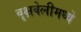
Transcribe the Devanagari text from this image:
वृक्षवेलीमध्ये